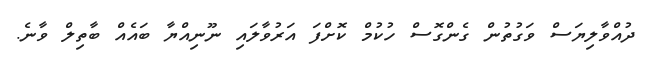
ދުއްވާލިޔަސް ވަގުތުން ގެންގޮސް ހުކުމް ކޮށްފަ އަރުވާލައި ނޫނިއްޔާ ބައެއް ބާތިލް ވާނެ.